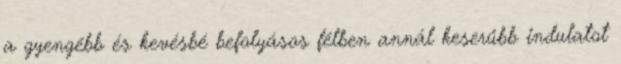
a gyengébb és kevésbé befolyásos félben annál keserűbb indulatot